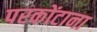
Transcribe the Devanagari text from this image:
परकोंटाना